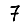
Digit: 7